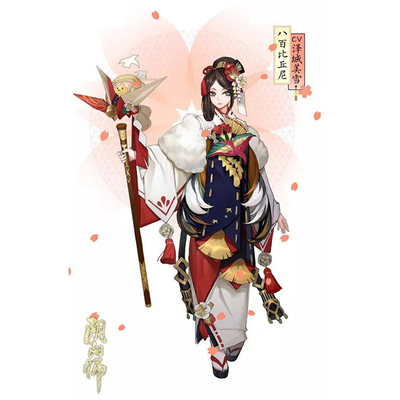
高馆张灯酒复清，夜钟残月雁归声。